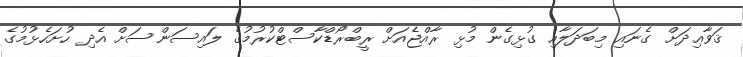
ޤަވާޢިދަށް ގެނައި މިބަދަލާއި ގުޅިގެން މުޅި ރާއްޖެއަށް ރީބްރޯޑްކާސްޓްކުރުމުގެ ލައިސަންސަށް އެދި ހުށަހެޅުމުގެ